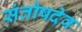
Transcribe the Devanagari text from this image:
संतोषदेव